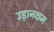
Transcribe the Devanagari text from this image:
उड़ानक्षम